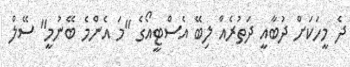
ދެ މީހަކަށް ދުބާއީ ދަތުރެއް ލިބޭ އެސްޓީއޯގެ "މަ އެންމެ ބޭނުމީ" ސޭލް